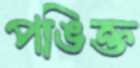
পঙিক্ত